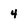
Character: 4